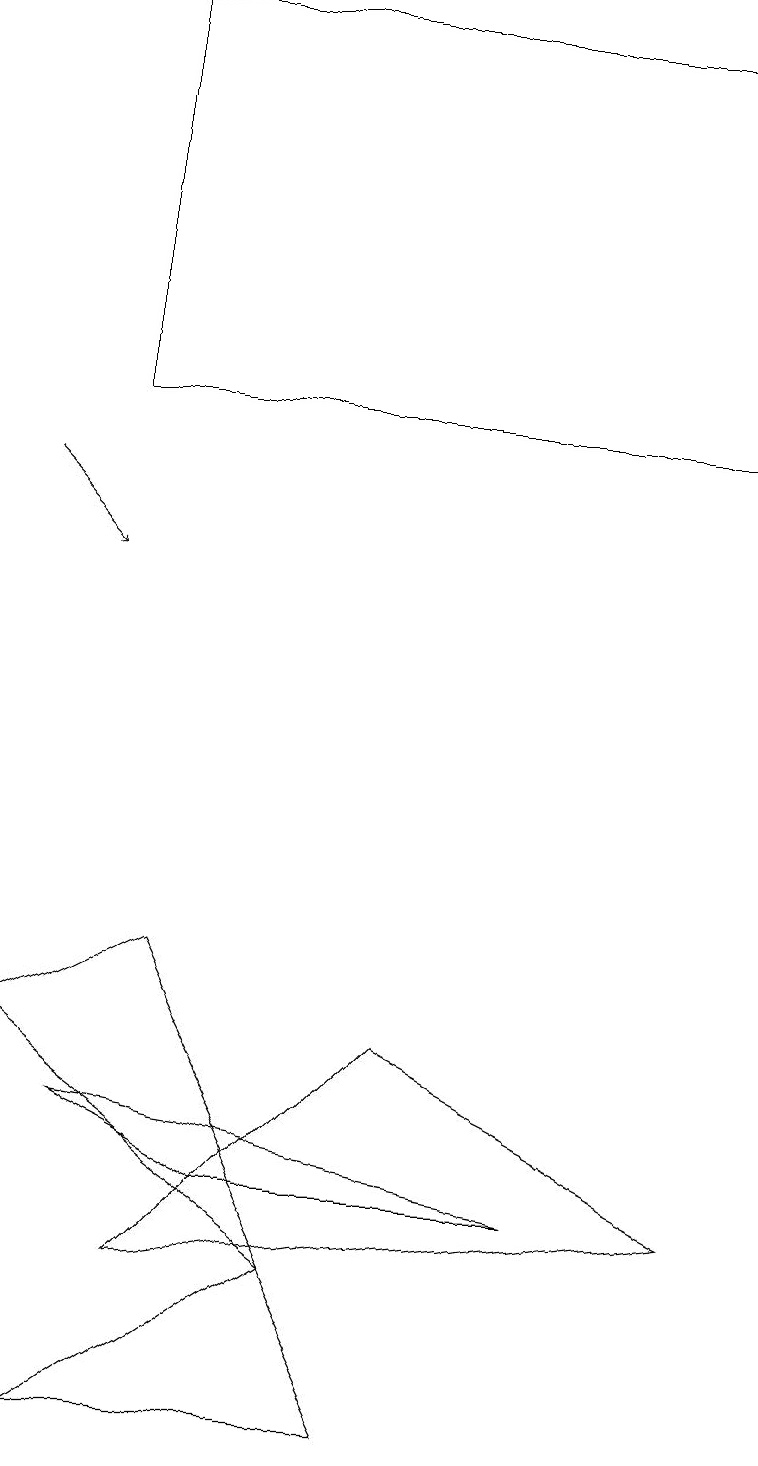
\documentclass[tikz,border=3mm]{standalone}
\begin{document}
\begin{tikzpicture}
\draw (0,5) -- (4,2) -- (2,6) -- cycle;
\draw[->] (0,12) -- (1,11);
\draw (7,3) -- (1,4) -- (3,3) -- cycle;
\draw (2,2) -- (5,5) -- (9,3) -- cycle;
\draw (1,0) -- (4,2) -- (5,0) -- cycle;
\draw (9,13) rectangle (1,18);
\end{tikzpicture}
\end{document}